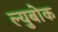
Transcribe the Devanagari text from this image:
ल्युबोक